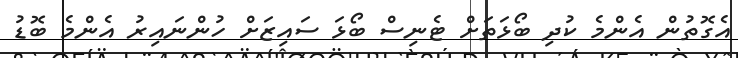
އެގޮތުން އެންމެ ކުދި ބޯޅަތަށް ޓެނިސް ބޯޅަ ސައިޒަށް ހުންނައިރު އެންމެ ބޮޑު